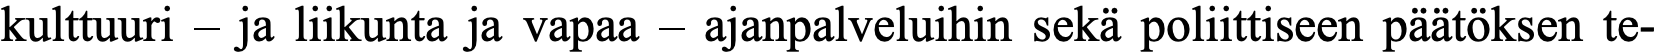
kulttuuri – ja liikunta ja vapaa – ajanpalveluihin sekä poliittiseen päätöksen te-